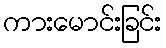
ကားမောင်းခြင်း